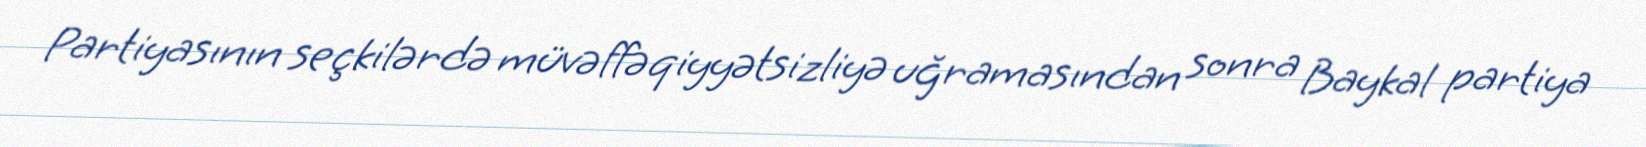
Partiyasının seçkilərdə müvəffəqiyyətsizliyə uğramasından sonra Baykal partiya